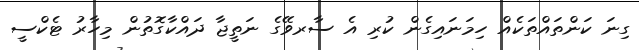
ގިނަ ކަންތައްތަކެއް ހިމަނައިގެން ކުރި އެ ސާރވޭގެ ނަތީޖާ ދައްކާގޮތުން މިހާރު ޓެކްސީ